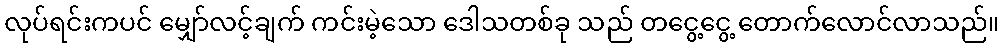
လုပ်ရင်းကပင် မျှော်လင့်ချက် ကင်းမဲ့သော ဒေါသတစ်ခု သည် တငွေ့ငွေ့ တောက်လောင်လာသည်။